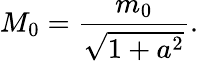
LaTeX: M_{0}=\frac{m_{0}}{\sqrt{1+a^{2}}}.